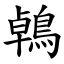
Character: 鵫